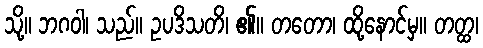
သို့။ ဘဂဝါ၊ သည်။ ဥပဒိသတိ၊ ၏။ တတော၊ ထို့နောင်မှ။ တတ္ထ၊